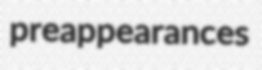
preappearances